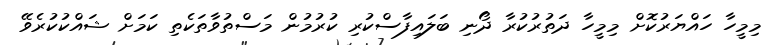
މިމީހާ ހައްޔަރުކޮށް މިމީހާ ދަތުރުކުރާ ދޯނި ބަލައިފާސްކުރި ކުރުމުން މަސްތުވާތަކެތި ކަމަށް ޝައްކުކުރެވޭ